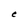
Character: e